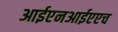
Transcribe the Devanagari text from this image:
आईएनआईएएच